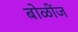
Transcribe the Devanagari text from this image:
बोळींज